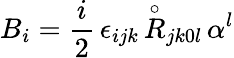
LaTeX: {B}_{i}=\frac{i}{2}\, \epsilon_{ijk}\, {\stackrel{\circ}{R}}_{jk0l}\, \alpha^{l}